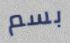
بسم